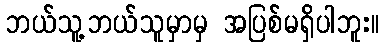
ဘယ်သူ့ဘယ်သူမှာမှ အပြစ်မရှိပါဘူး။